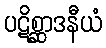
ပဋိစ္ဆာဒနီယံ